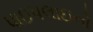
પાઇપલાઇનો